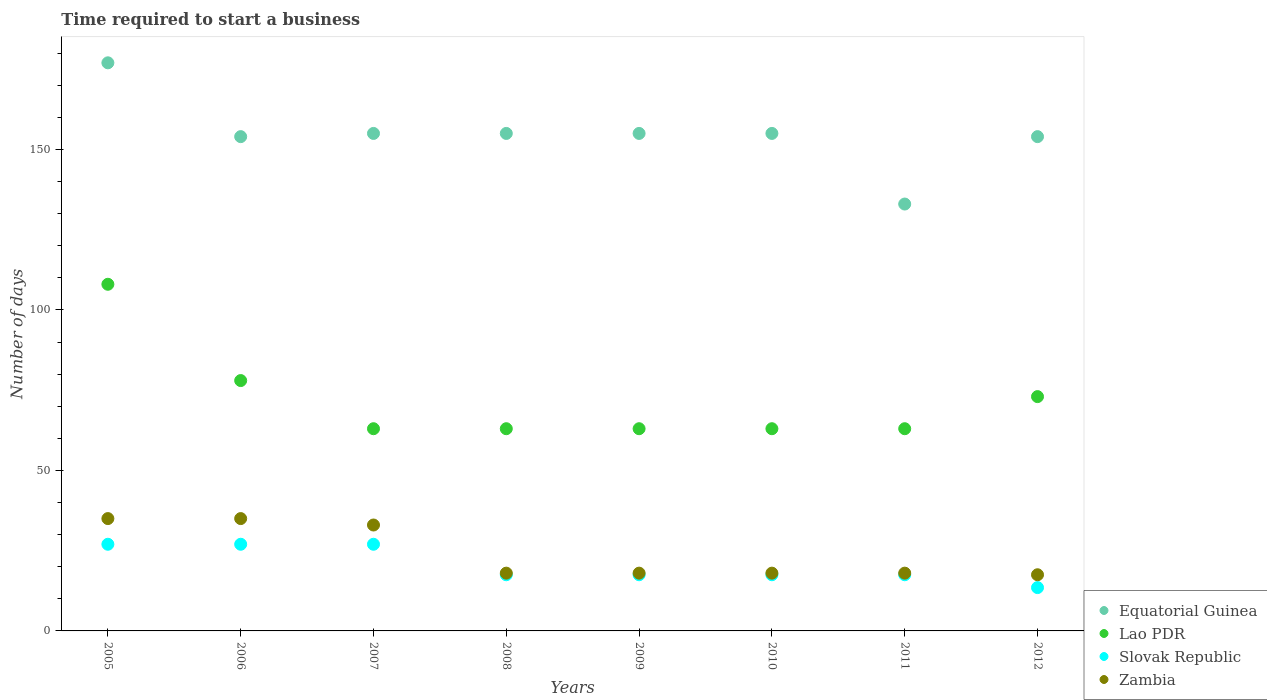
| Years | Equatorial Guinea | Lao PDR | Slovak Republic | Zambia |
 | --- | --- | --- | --- | --- |
 | 2005 | 177 | 108 | 27 | 35 |
 | 2006 | 154 | 78 | 27 | 35 |
 | 2007 | 155 | 63 | 27 | 33 |
 | 2008 | 155 | 63 | 17.5 | 18 |
 | 2009 | 155 | 63 | 17.5 | 18 |
 | 2010 | 155 | 63 | 17.5 | 18 |
 | 2011 | 133 | 63 | 17.5 | 18 |
 | 2012 | 154 | 73 | 13.5 | 17.5 |